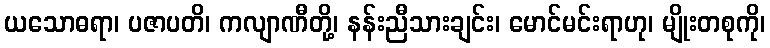
ယသောဓရာ၊ ပဇာပတိ၊ ကလျာဏီတို့၊ နန်းညီသားချင်း၊ မောင်မင်းရာဟု၊ မျိုးတစုကို၊